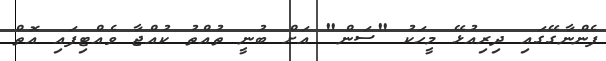
ފެންނާގޭގައި ދިރިއުޅޭ މީހަކު "ސަން" އަށް ބުނީ ތުއްތު ކުއްޖާ ވެއްޓިފައި އޮތް